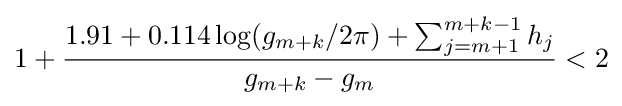
1+{\frac {1.91+0.114\log(g_{m+k}/2\pi )+\sum _{j=m+1}^{m+k-1}h_{j}}{g_{m+k}-g_{m}}}<2